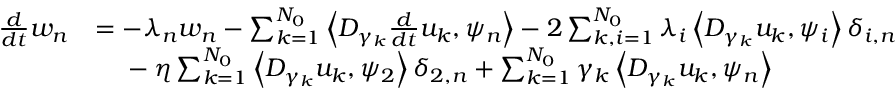
\begin{array} { r l } { \frac { d } { d t } w _ { n } } & { = - \lambda _ { n } w _ { n } - \sum _ { k = 1 } ^ { N _ { 0 } } \left< D _ { \gamma _ { k } } \frac { d } { d t } u _ { k } , \psi _ { n } \right> - 2 \sum _ { k , i = 1 } ^ { N _ { 0 } } \lambda _ { i } \left< D _ { \gamma _ { k } } u _ { k } , \psi _ { i } \right> \delta _ { i , n } } \\ & { \phantom { = } \; - \eta \sum _ { k = 1 } ^ { N _ { 0 } } \left< D _ { \gamma _ { k } } u _ { k } , \psi _ { 2 } \right> \delta _ { 2 , n } + \sum _ { k = 1 } ^ { N _ { 0 } } \gamma _ { k } \left< D _ { \gamma _ { k } } u _ { k } , \psi _ { n } \right> } \end{array}